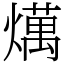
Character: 燤